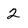
Character: 2